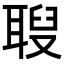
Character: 𦖚